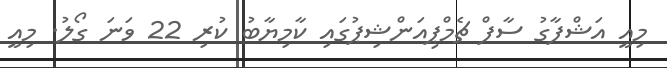
މިއީ އަޝްފާގު ސާފް ޗެމްޕިއަންޝިޕުގައި ކާމިޔާބު ކުރި 22 ވަނަ ގޯލު. މިއީ